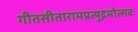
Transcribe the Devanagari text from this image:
गीतसीतारामप्रत्युद्गमोत्सवः